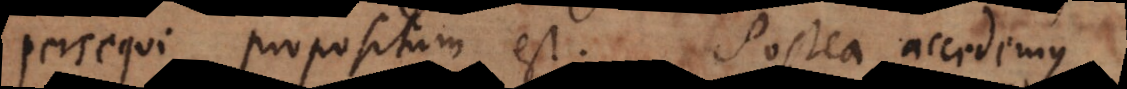
persequi propositum est. Postea accedemus